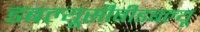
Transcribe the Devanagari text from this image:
डबल्यूसीबीडबल्यू